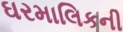
ઘરમાલિકની